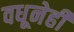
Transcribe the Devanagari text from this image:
वधूनेही